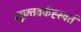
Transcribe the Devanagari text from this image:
लुफ़्तवर्केह्स्वर्त